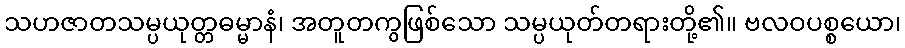
သဟဇာတသမ္ပယုတ္တဓမ္မာနံ၊ အတူတကွဖြစ်သော သမ္ပယုတ်တရားတို့၏။ ဗလဝပစ္စယော၊